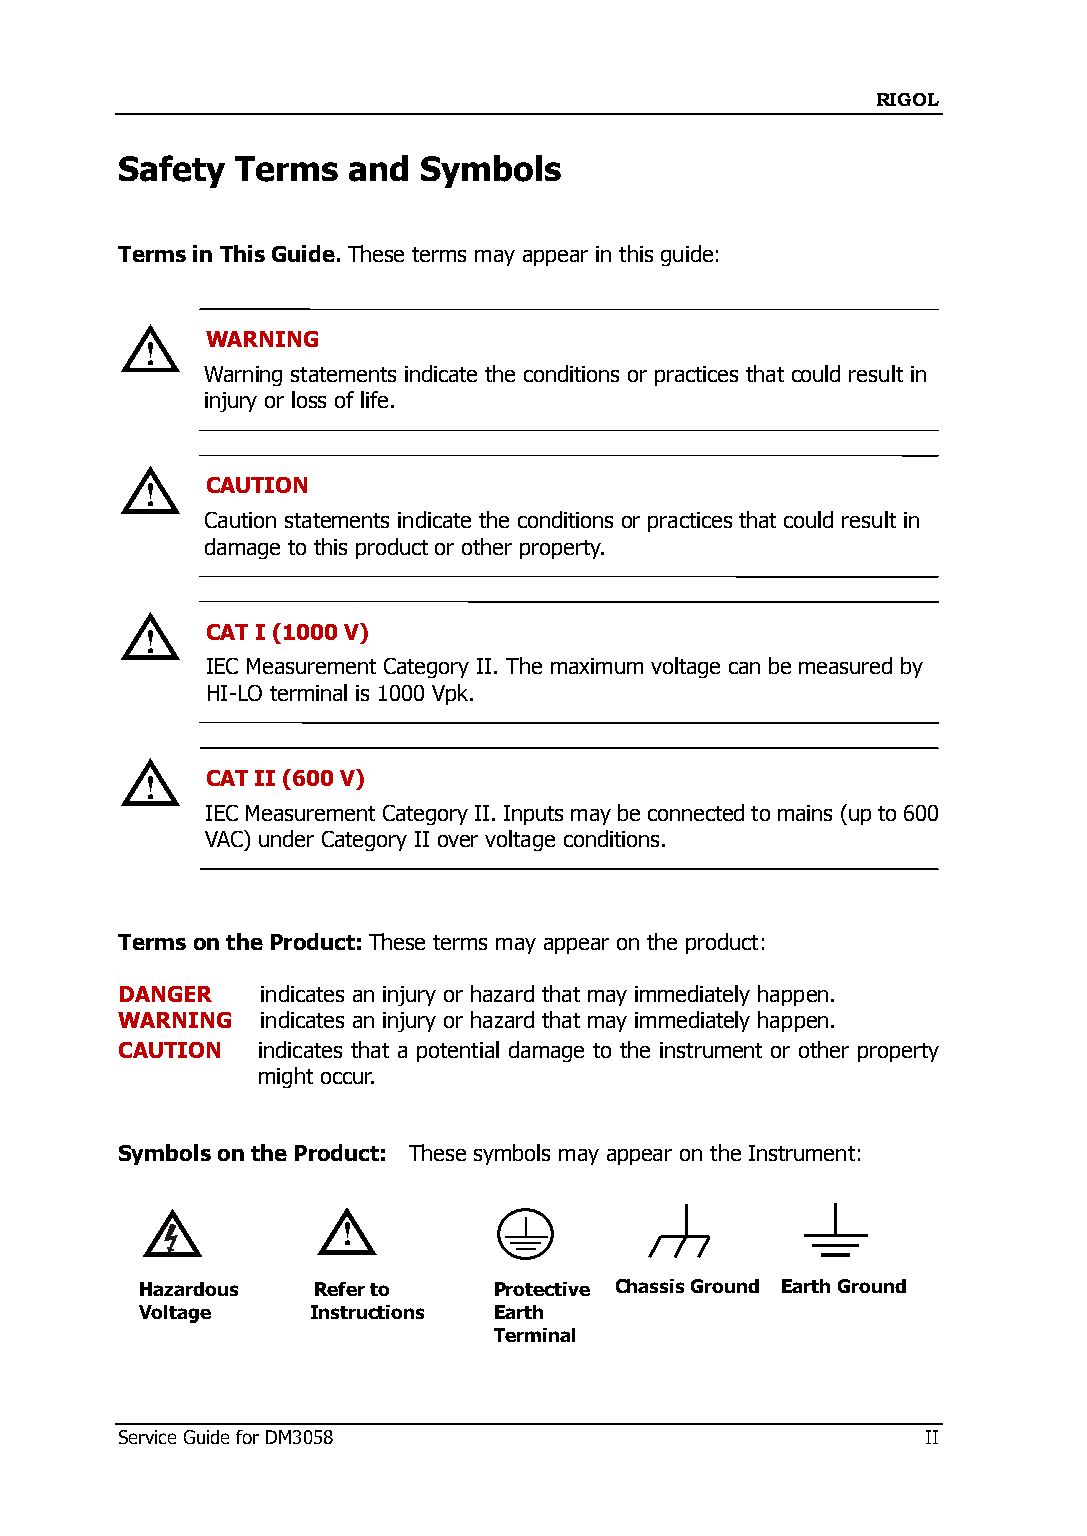
RIGOL
 Safety  Terms  and  Symbols
 Terms in This Guide. These terms may appear in this guide:
 WARNING
 !
 Warning statements indicate the conditions or practices that could result in
 injury or loss of life.
 !   CAUTION
 Caution statements indicate the conditions or practices that could result in
 damage to this product or other property.
 !   CAT I (1000 V)
 IEC Measurement Category II. The maximum voltage can be measured by
 HI-LO terminal is 1000 Vpk.
 !   CAT II (600 V)
 IEC Measurement Category II. Inputs may be connected to mains (up to 600
 VAC) under Category II over voltage conditions.
 Terms on the Product: These terms may appear on the product:
 DANGER   indicates an injury or hazard that may immediately happen.
 WARNING  indicates an injury or hazard that may immediately happen.
 CAUTION  indicates that a potential damage to the instrument or other property
 might occur.
 Symbols on the Product: These symbols may appear on the Instrument:
 !
 Hazardous   Refer to    Protective Chassis Ground Earth Ground
 Voltage     Instructions Earth
 Terminal
 Service Guide for DM3058                             II